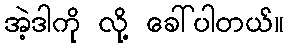
အဲ့ဒါကို လို့ ခေါ်ပါတယ်။